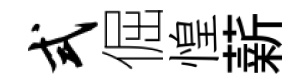
式倔惶薪